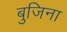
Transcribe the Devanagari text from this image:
बुजिना